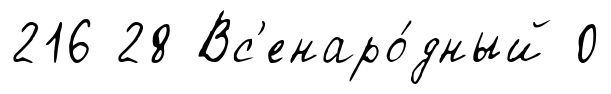
216 28 Вс'енаро́дный 0